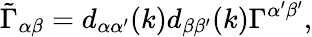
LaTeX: \tilde{\Gamma}_{\alpha\beta}=d_{\alpha\alpha^{\prime}}(k)d_{\beta\beta^{\prime}}(k)\Gamma^{\alpha^{\prime}\beta^{\prime}},